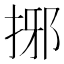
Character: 捓